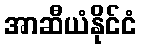
အာဆီယံနိုင်ငံ